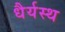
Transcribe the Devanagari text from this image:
धैर्यस्थ